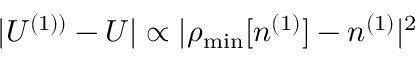
\vert { \cal U } ^ { ( 1 ) ) } - U \vert \propto \vert \rho _ { \mathrm { m i n } } [ n ^ { ( 1 ) } ] - n ^ { ( 1 ) } \vert ^ { 2 }